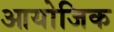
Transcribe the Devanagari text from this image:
आयोजिक